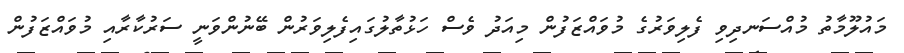
މައުލޫމާތު މުއްސަނދިވި ފެލިވަރުގެ މުވައްޒަފުން މިއަދު ވެސް ހަޅުތާލުގައިފެލިވަރުން ބޭނުންވަނީ ސަރުކާރާއި މުވައްޒަފުން